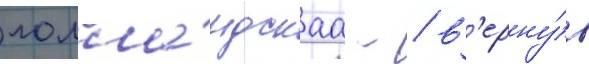
голла́ндскаа - / в'ерну́в